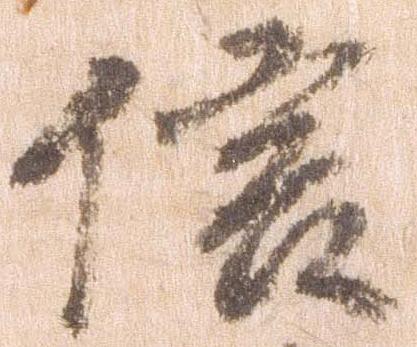
信